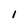
Character: 1